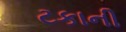
ટકાની